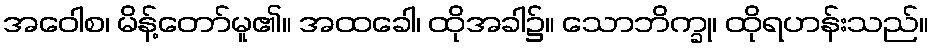
အဝေါစ၊ မိန့်တော်မူ၏။ အထခေါ၊ ထိုအခါ၌။ သောဘိက္ခု၊ ထိုရဟန်းသည်။